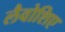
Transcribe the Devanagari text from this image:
लैवोशिए